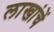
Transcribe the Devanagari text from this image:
लाखांचें